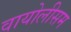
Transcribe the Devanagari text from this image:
वायोलीसम